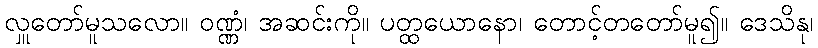
လှူတော်မူသလော။ ဝဏ္ဏံ၊ အဆင်းကို။ ပတ္ထယောနော၊ တောင့်တတော်မူ၍။ ဒေသိနု၊